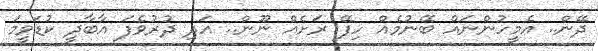
ދޭން.. އެމީހުންނައް ބޭނުމެއް ހިފޭ ރަށެއް ނޫން.. އަދި ދުރުވެފަ އާބާދީ ކުޑަވީމަ